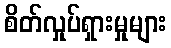
စိတ်လှုပ်ရှားမှုများ